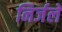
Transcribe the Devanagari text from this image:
निर्जले